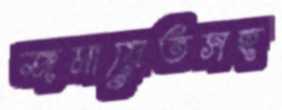
জমায়েতসহ